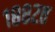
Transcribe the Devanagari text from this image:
१८८२त